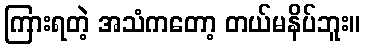
ကြားရတဲ့ အသံကတော့ တယ်မနိပ်ဘူး။